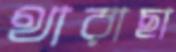
থারাছা